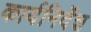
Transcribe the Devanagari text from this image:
कार्यनिर्देश